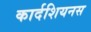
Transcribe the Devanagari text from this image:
कार्दशियनस